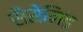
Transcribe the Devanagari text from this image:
सैसेनिड